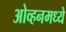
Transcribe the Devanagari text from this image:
ओव्हनमध्ये